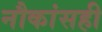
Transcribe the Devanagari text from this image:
नौकांसही